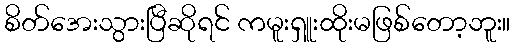
စိတ်အေးသွားပြီဆိုရင် ကမူးရှူးထိုးမဖြစ်တော့ဘူး။